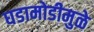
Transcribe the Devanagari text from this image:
घडामोडीमुळे